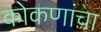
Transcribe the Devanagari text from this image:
कोकणांचा